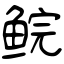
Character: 鲩